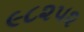
૯૮૨૫૨